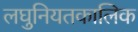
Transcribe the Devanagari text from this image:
लघुनियतकालिक